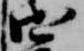
御